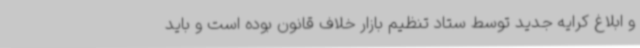
و ابلاغ کرایه جدید توسط ستاد تنظیم بازار خلاف قانون بوده است و باید